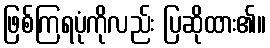
ဖြစ်ကြရပုံကိုလည်း ပြဆိုထား၏။